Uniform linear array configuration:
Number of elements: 48
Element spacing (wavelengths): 0.5
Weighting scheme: binomial
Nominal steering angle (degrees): -45
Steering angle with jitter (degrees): -46.88
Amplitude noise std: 0.05
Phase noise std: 0.05

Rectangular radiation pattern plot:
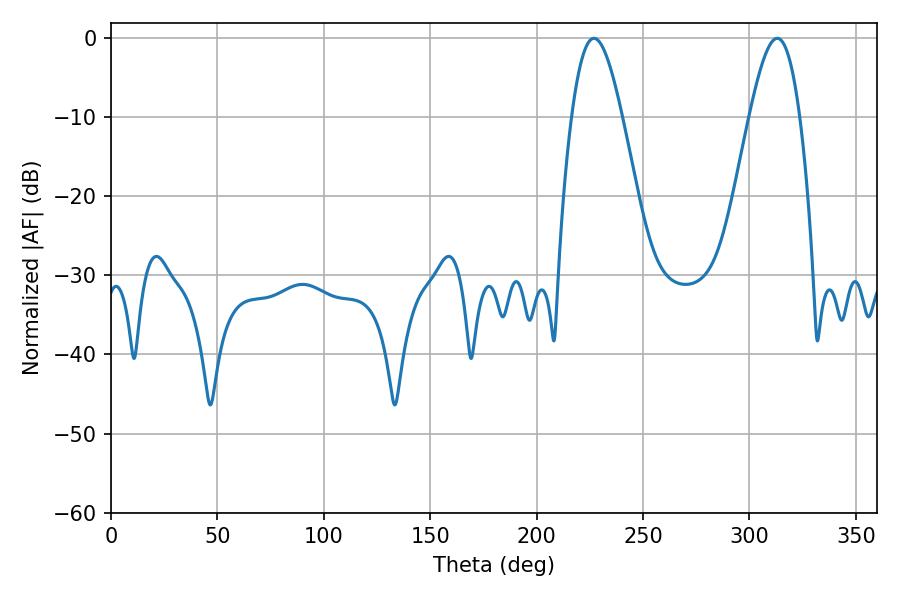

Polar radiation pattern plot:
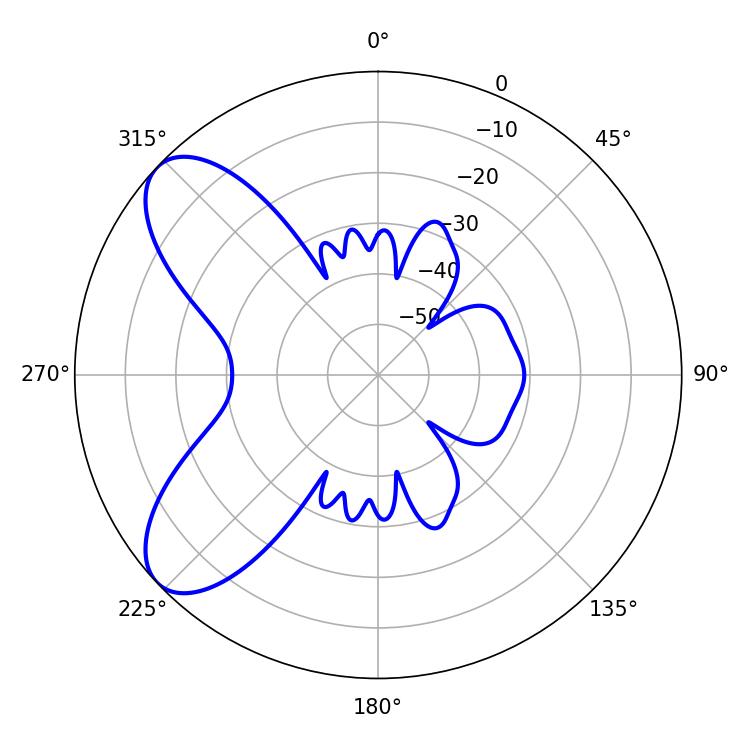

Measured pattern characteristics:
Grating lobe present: FALSE
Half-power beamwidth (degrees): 12.6
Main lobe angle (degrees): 226.98